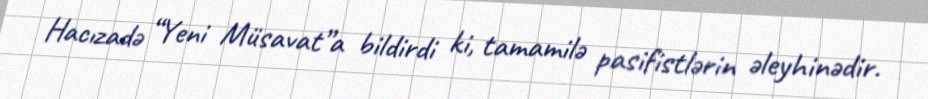
Hacızadə “Yeni Müsavat”a bildirdi ki, tamamilə pasifistlərin əleyhinədir.